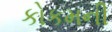
કોકમની